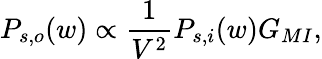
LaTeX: P_{s,o}(w)\propto\frac{1}{V^{2}}P_{s,i}(w)G_{MI},